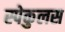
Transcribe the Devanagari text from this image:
स्पेकुलस